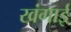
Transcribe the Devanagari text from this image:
खंगाई